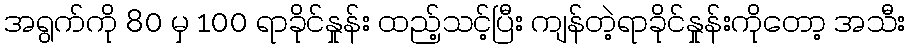
အရွက်ကို 80 မှ 100 ရာခိုင်နှုန်း ထည့်သင့်ပြီး ကျန်တဲ့ရာခိုင်နှုန်းကိုတော့ အသီး